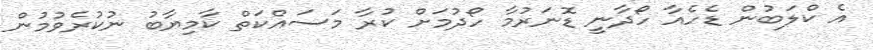
އެ ކްލަބުން ޑެހެއާ ހޯދާނީ ޑޮނަރުމާ ހޯދުމަށް ކުރާ މަސައްކަތް ކާމިޔާބު ނުކުރެވުމުން